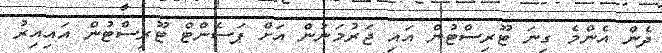
ދެން އެންމެ ގިނަ ޓޫރިސްޓުން އައި ޖަރުމަނުން އަށް ޕަސެންޓް ޓޫރިސްޓުން އައިއިރު